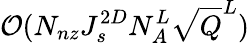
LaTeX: \mathcal{O}(N_{nz}J_{s}^{2D}N_{A}^{L}\sqrt{Q}^{L})